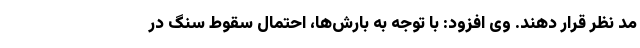
مد نظر قرار دهند. وی افزود: با توجه به بارش‌ها، احتمال سقوط سنگ در